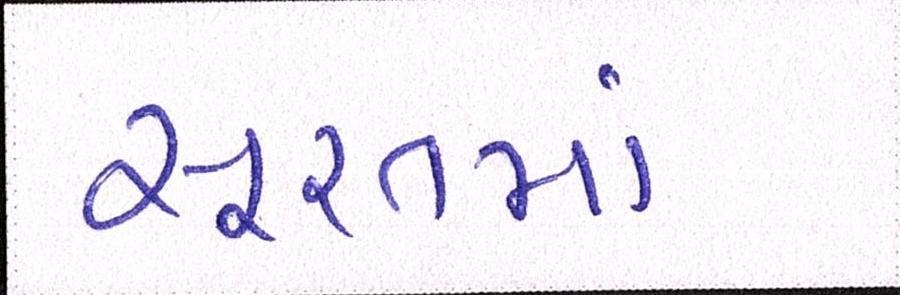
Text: સૂરતમાં